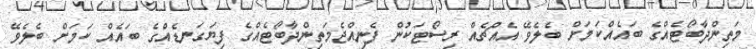
މަތިންދާބޯޓެއްގެ ބައެއްކަމަށް ބެލެވޭ އެއްޗެއް ރިސޯޓަކުން ފެނިއްޖެމަތިންދާބޯޓެއްގެ ފިޔަގަނޑެއްގެ ބައެއް ކަމަށް ބެލެވޭ